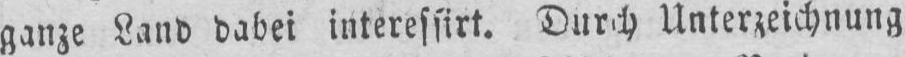
Durch Unterzeichnung